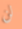
لن